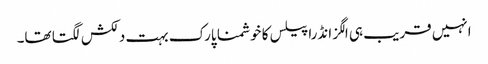
انہیں قریب ہی الگزانڈرا پیلس کا خوشمنا پارک بہت دلکش لگتا تھا۔